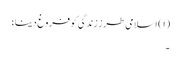
(۱) اسلامی طرز زندگی کو فروغ دینا؛
۔